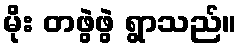
မိုး တဖွဲဖွဲ ရွာသည်။